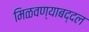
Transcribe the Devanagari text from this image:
मिळवण्याबद्दल